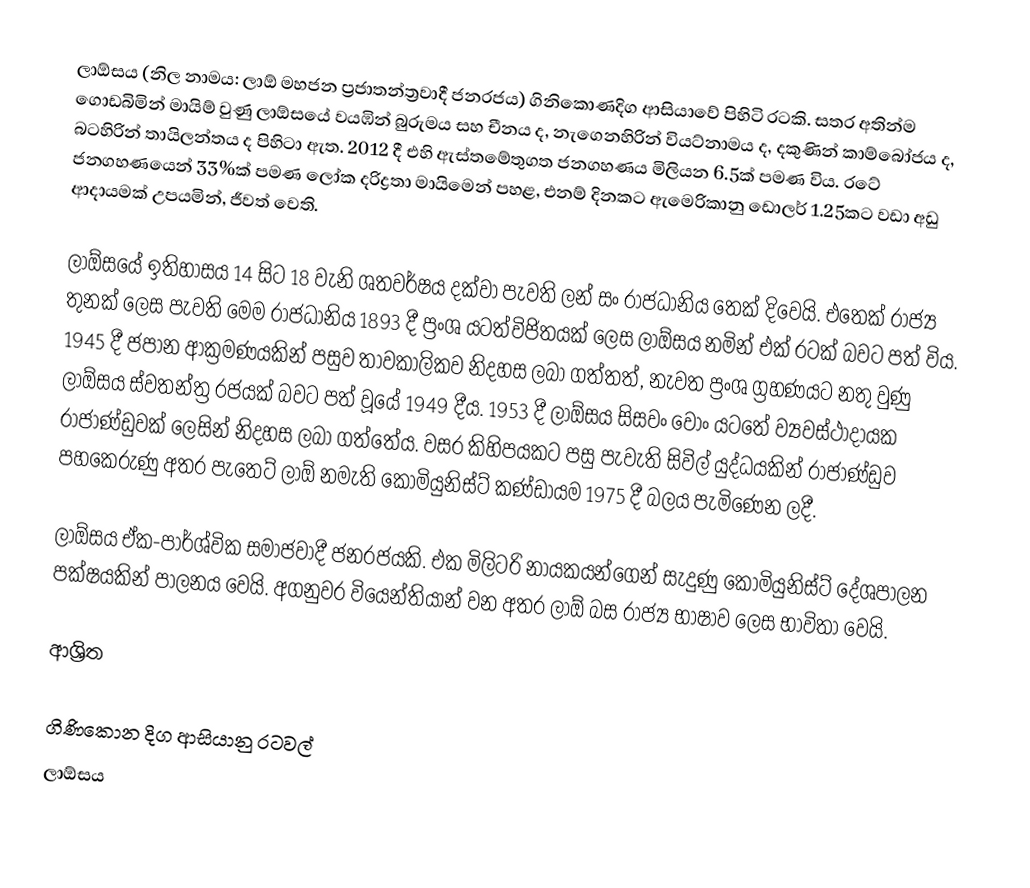
ලාඕසය (නිල නාමය: ලාඕ මහජන ප්‍රජාතන්ත්‍රවාදී ජනරජය) ගිනිකොණදිග ආසියාවේ පිහිටි රටකි. සතර අතින්ම ගොඩබිමින් මායිම් වුණු ලාඕසයේ වයඹින් බුරුමය සහ චීනය ද, නැගෙනහිරින් වියට්නාමය ද, දකුණින් කාම්බෝජය ද, බටහිරින් තායිලන්තය ද පිහිටා ඇත. 2012 දී එහි ඇස්තමේතුගත ජනගහණය මිලියන 6.5ක් පමණ විය. රටේ ජනගහණයෙන් 33%ක් පමණ ලෝක දරිද්‍රතා මායිමෙන් පහළ, එනම් දිනකට ඇමෙරිකානු ඩොලර් 1.25කට වඩා අඩු ආදායමක් උපයමින්, ජීවත් වෙති.

ලාඕසයේ ඉතිහාසය 14 සිට 18 වැනි ශතවර්ෂය දක්වා පැවති ලන් සං රාජධානිය තෙක් දිවෙයි. එතෙක් රාජ්‍ය තුනක් ලෙස පැවති මෙම රාජධානිය 1893 දී ප්‍රංශ යටත්විජිතයක් ලෙස ලාඕසය නමින් එක් රටක් බවට පත් විය. 1945 දී ජපාන ආක්‍රමණයකින් පසුව තාවකාලිකව නිදහස ලබා ගත්තත්, නැවත ප්‍රංශ ග්‍රහණයට නතු වුණු ලාඕසය ස්වතන්ත්‍ර රජයක් බවට පත් වූයේ 1949 දීය. 1953 දී ලාඕසය සිසවං වොං යටතේ ව්‍යවස්ථාදායක රාජාණ්ඩුවක් ලෙසින් නිදහස ලබා ගත්තේය. වසර කිහිපයකට පසු පැවැති සිවිල් යුද්ධයකින් රාජාණ්ඩුව පහකෙරුණු අතර පැතෙට් ලාඕ නමැති කොමියුනිස්ට් කණ්ඩායම 1975 දී බලය පැමිණෙන ලදී.

ලාඕසය ඒක-පාර්ශ්වික සමාජවාදී ජනරජයකි. එක මිලිටරි නායකයන්ගෙන් සැදුණු කොමියුනිස්ට් දේශපාලන පක්ෂයකින් පාලනය වෙයි. අගනුවර වියෙන්තියාන් වන අතර ලාඕ බස රාජ්‍ය භාෂාව ලෙස භාවිතා වෙයි.

ආශ්‍රිත

ගිණිකොන දිග ආසියානු රටවල්
ලාඕසය